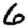
Digit: 6